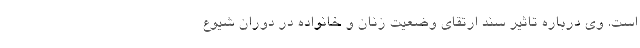
است. وی درباره تاثیر سند ارتقای وضعیت زنان و خانواده در دوران شیوع